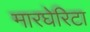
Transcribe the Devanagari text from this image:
मारघेरिटा